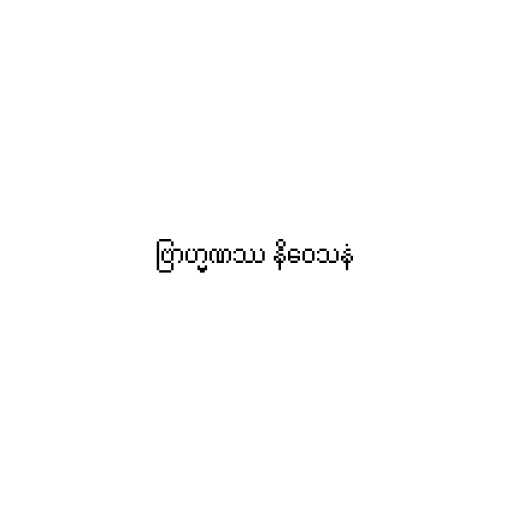
ဗြာဟ္မဏဿ နိဝေသနံ